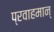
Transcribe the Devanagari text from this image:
प्रवाहमान्